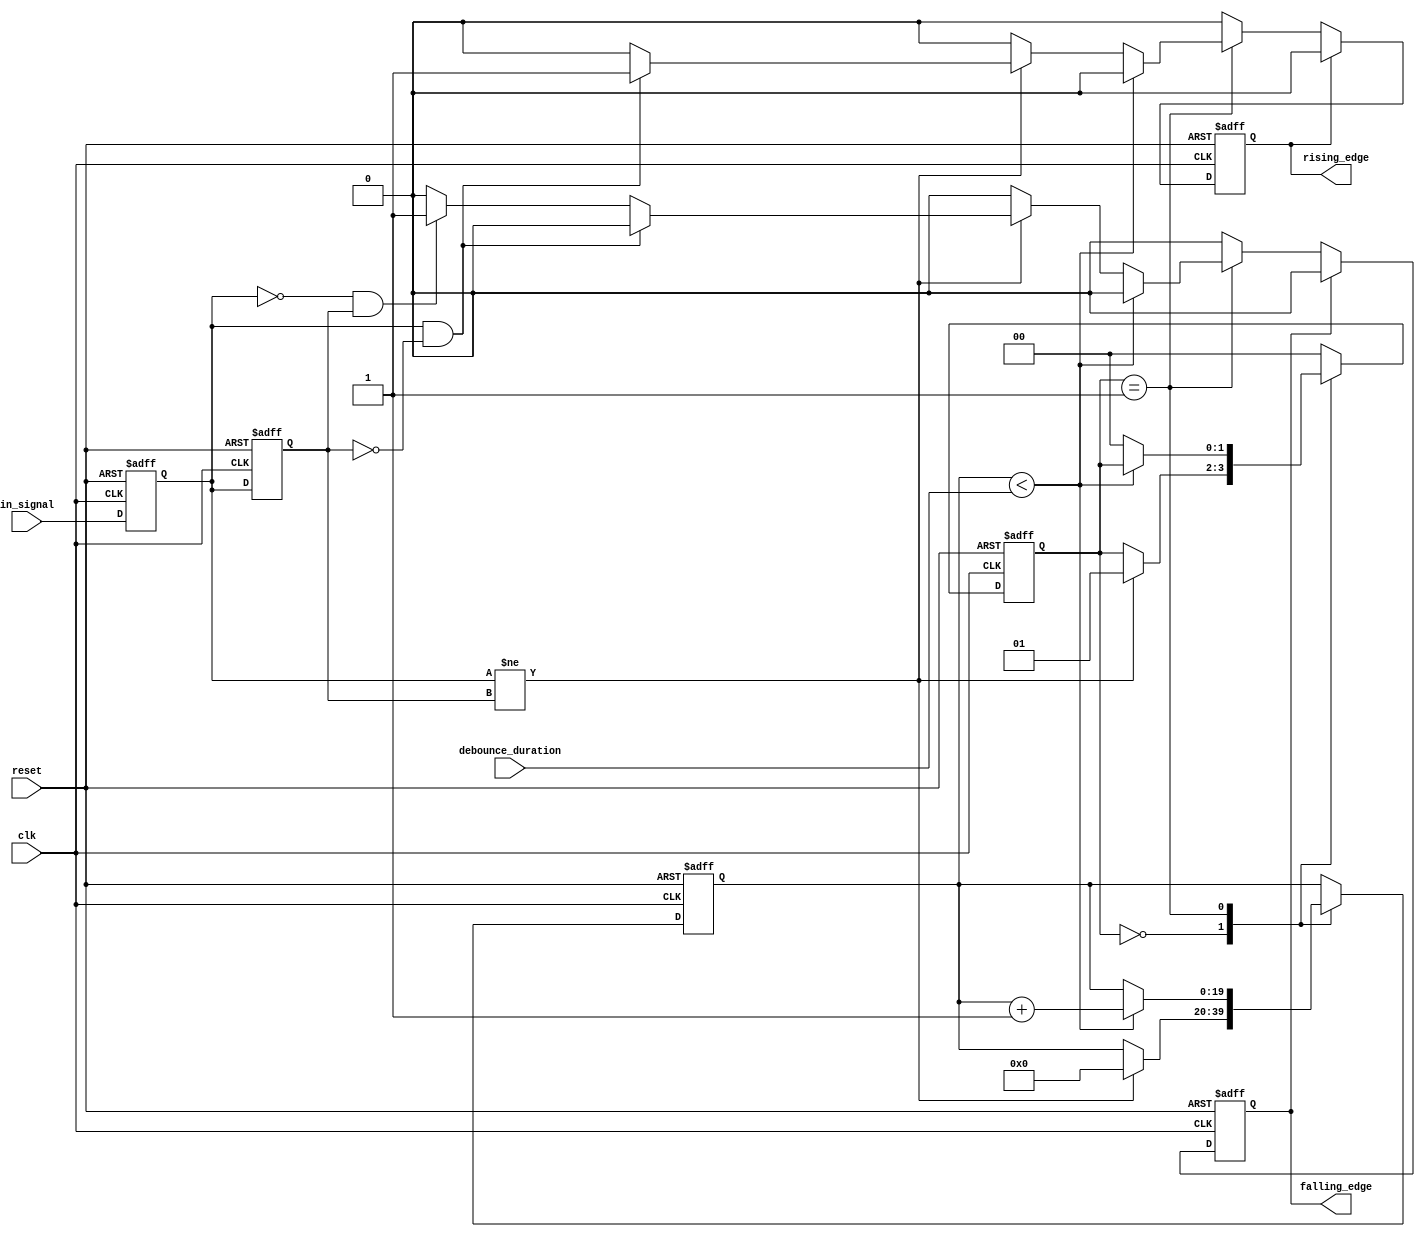
module DebouncedEdgeDetector (
    input wire clk,            // Clock input
    input wire reset,          // Active high reset
    input wire in_signal,      // Input signal (switch/button)
    output reg rising_edge,     // Output signal for rising edge detection
    output reg falling_edge,    // Output signal for falling edge detection
    input wire [N-1:0] debounce_duration // Debounce duration (in clock cycles)
);

parameter N = 20; // Number of bits for debounce counter

// Internal signals
reg [N-1:0] debounce_counter;  // Counter for debounce duration
reg [1:0] state;               // State for FSM
reg current_state;             // Current state of the input signal
reg previous_state;            // Previous stable state of the input signal

// State encoding
localparam WAIT = 2'b00;
localparam STABLE = 2'b01;

// Initial values
initial begin
    rising_edge = 0;
    falling_edge = 0;
    debounce_counter = 0;
    state = WAIT;
    current_state = 0;
    previous_state = 0;
end

// Main logic
always @(posedge clk or posedge reset) begin
    if (reset) begin
        // Reset all registers
        rising_edge <= 0;
        falling_edge <= 0;
        debounce_counter <= 0;
        state <= WAIT;
        current_state <= 0;
        previous_state <= 0;
    end else begin
        previous_state <= current_state; // Store the previous stable state
        current_state <= in_signal; // Update current state with the input signal

        case (state)

            WAIT: begin
                // Wait for the input signal to change
                if (current_state != previous_state) begin
                    debounce_counter <= 0; // Start counter if change detected
                    state <= STABLE; // Move to stable checking state
                end
            end

            STABLE: begin
                // Increment debounce counter
                if (debounce_counter < debounce_duration) begin
                    debounce_counter <= debounce_counter + 1;
                end else begin
                    // Check if the input state is stable
                    if (current_state != previous_state) begin
                        // Edge detected
                        if (current_state == 1 && previous_state == 0) begin
                            rising_edge <= 1; // Rising edge detected
                            falling_edge <= 0; // Clear falling edge
                        end else if (current_state == 0 && previous_state == 1) begin
                            falling_edge <= 1; // Falling edge detected
                            rising_edge <= 0; // Clear rising edge
                        end
                    end
                    state <= WAIT; // Go back to wait state
                end
            end

            default: state <= WAIT; // Fallback to default state
        endcase

        // Clear edge signals at the next clock cycle
        if (rising_edge) begin
            rising_edge <= 0; // Clear rising edge flag after it has been observed
        end

        if (falling_edge) begin
            falling_edge <= 0; // Clear falling edge flag after it has been observed
        end
    end
end

endmodule